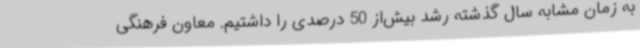
به زمان مشابه سال گذشته رشد بیش‌از 50 درصدی را داشتیم. معاون فرهنگی